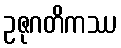
ဥဇုဂတိကဿ